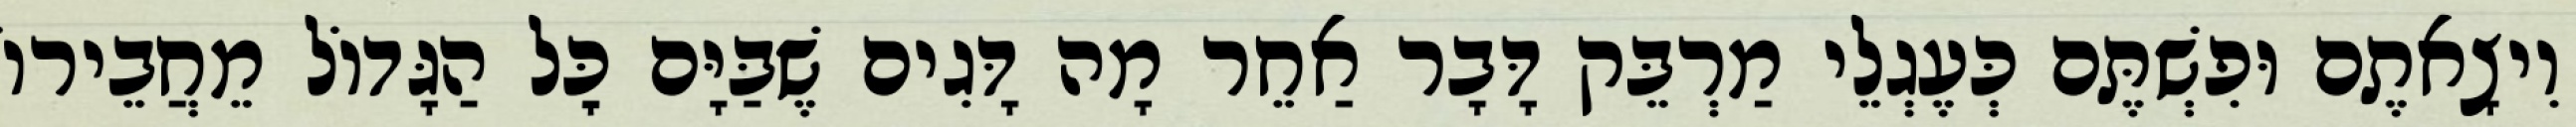
וִיצָאתֶם וּפִשְׁתֶּם כְּעֶגְלֵי מַרְבֵּק דָּבָר אַחֵר מָה דָּגִים שֶׁבַּיָּם כׇּל הַגָּדוֹל מֵחֲבֵירוֹ